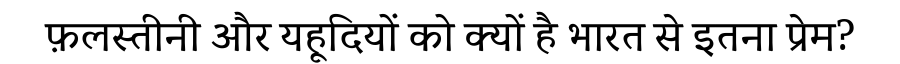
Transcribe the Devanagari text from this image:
फ़लस्तीनी और यहूदियों को क्यों है भारत से इतना प्रेम?